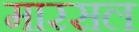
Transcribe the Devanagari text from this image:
मारसल